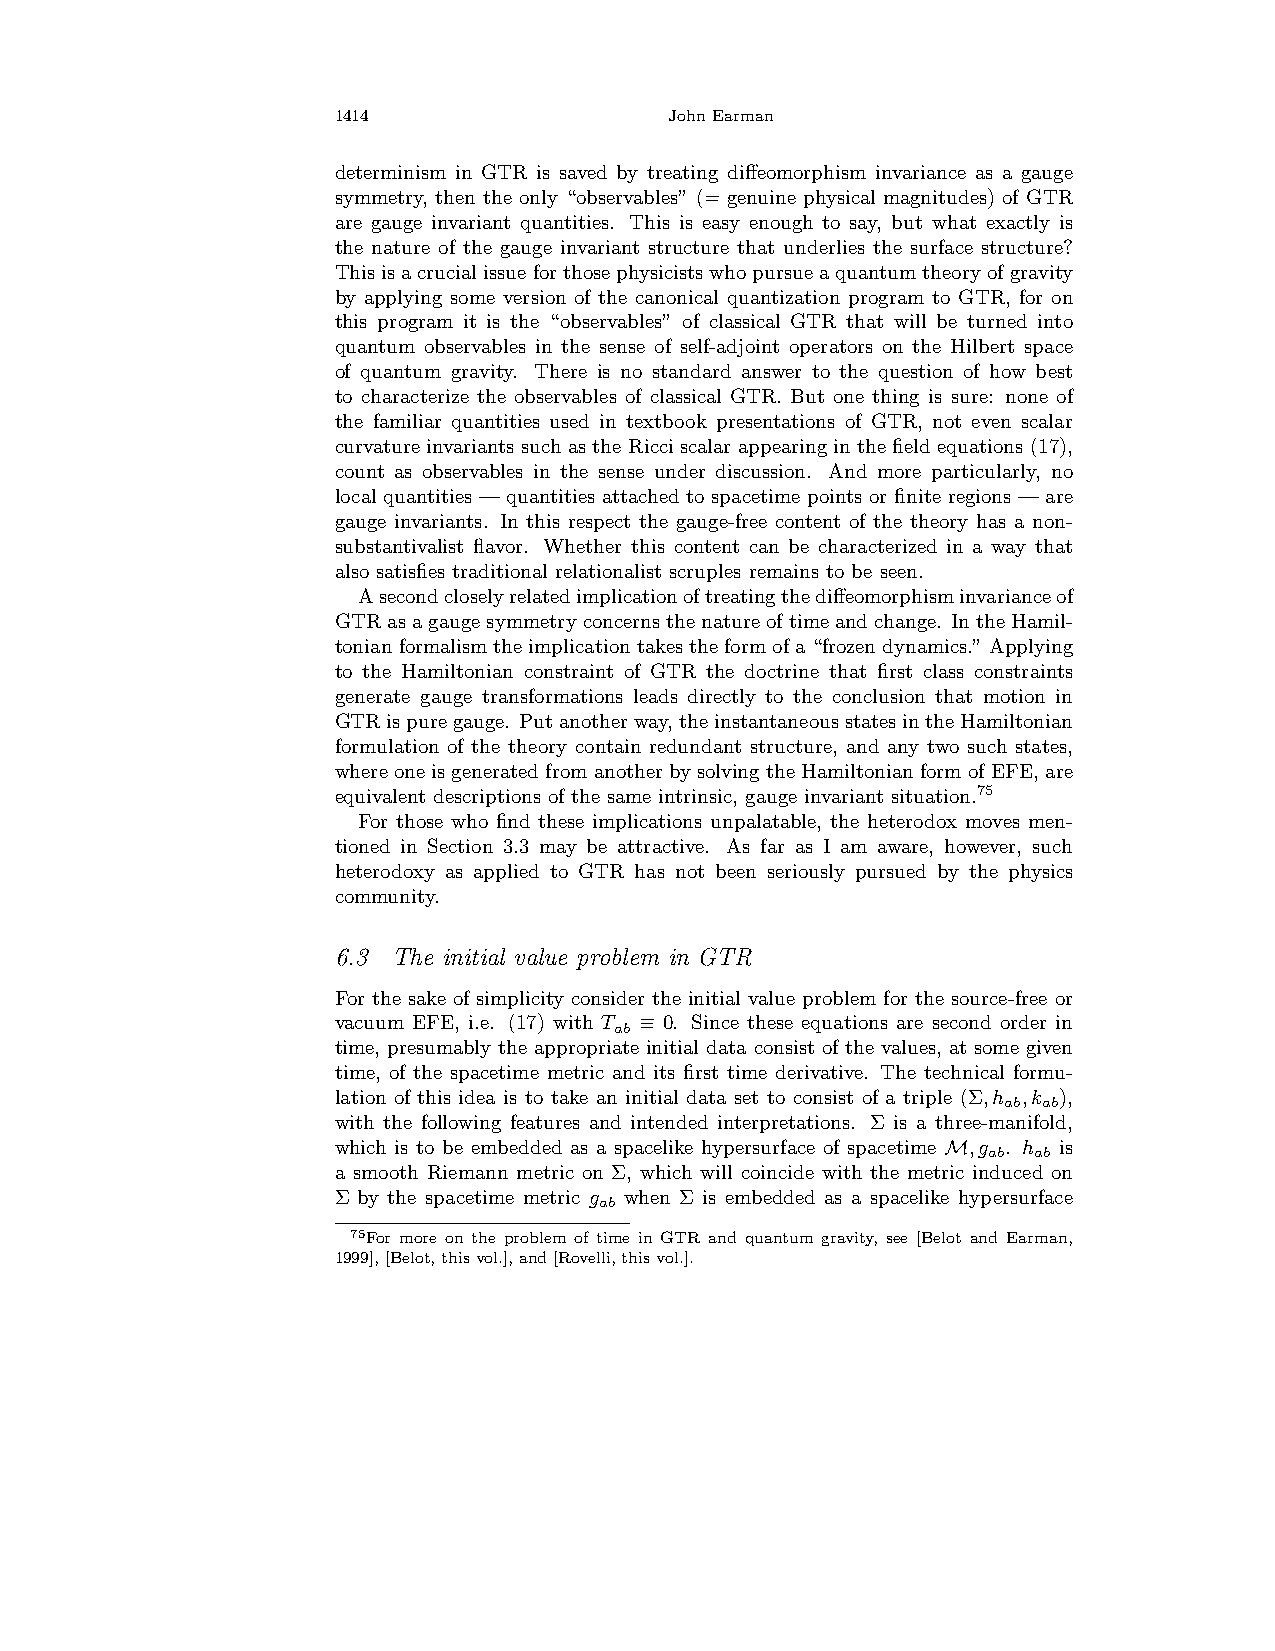
1414                  JohnEarman
 determinism in GTR is saved by treating diffeomorphism invariance as a gauge
 symmetry, then the only “observables” (= genuine physical magnitudes) of GTR
 are gauge invariant quantities. This is easy enough to say, but what exactly is
 the nature of the gauge invariant structure that underlies the surface structure?
 Thisisacrucialissueforthosephysicistswhopursueaquantumtheoryofgravity
 by applying some version of the canonical quantization program to GTR, for on
 this program it is the “observables” of classical GTR that will be turned into
 quantum observables in the sense of self-adjoint operators on the Hilbert space
 of quantum gravity. There is no standard answer to the question of how best
 to characterize the observables of classical GTR. But one thing is sure: none of
 the familiar quantities used in textbook presentations of GTR, not even scalar
 curvature invariants such as the Ricci scalar appearing in the field equations (17),
 count as observables in the sense under discussion. And more particularly, no
 local quantities — quantities attached to spacetime points or finite regions — are
 gauge invariants. In this respect the gauge-free content of the theory has a non-
 substantivalist flavor. Whether this content can be characterized in a way that
 also satisfies traditional relationalist scruples remains to be seen.
 Asecondcloselyrelatedimplicationoftreatingthediffeomorphisminvarianceof
 GTRasagaugesymmetryconcernsthenatureoftimeandchange. IntheHamil-
 tonianformalismtheimplicationtakestheformofa“frozendynamics.”Applying
 to the Hamiltonian constraint of GTR the doctrine that first class constraints
 generate gauge transformations leads directly to the conclusion that motion in
 GTRispuregauge. Putanotherway,theinstantaneousstatesintheHamiltonian
 formulation of the theory contain redundant structure, and any two such states,
 whereoneisgeneratedfromanotherbysolvingtheHamiltonian formofEFE,are
 equivalent descriptions of the same intrinsic, gauge invariant situation.75
 For those who find these implications unpalatable, the heterodox moves men-
 tioned in Section 3.3 may be attractive. As far as I am aware, however, such
 heterodoxy as applied to GTR has not been seriously pursued by the physics
 community.
 6.3 The initial value problem in GTR
 For the sake of simplicity consider the initial value problem for the source-free or
 vacuum EFE, i.e. (17) with T ≡ 0. Since these equations are second order in
 ab
 time, presumably the appropriate initial data consist of the values, at some given
 time, of the spacetime metric and its first time derivative. The technical formu-
 lation of this idea is to take an initial data set to consist of a triple (Σ,h ,k ),
 ab ab
 with the following features and intended interpretations. Σ is a three-manifold,
 which is to be embedded as a spacelike hypersurface of spacetime M,g . h is
 ab ab
 a smooth Riemann metric on Σ, which will coincide with the metric induced on
 Σ by the spacetime metric g when Σ is embedded as a spacelike hypersurface
 ab
 75For more on the problem of time in GTR and quantum gravity, see [Belot and Earman,
 1999],[Belot,thisvol.],and[Rovelli,thisvol.].